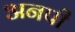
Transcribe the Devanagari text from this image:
अनपी